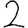
Digit: 2